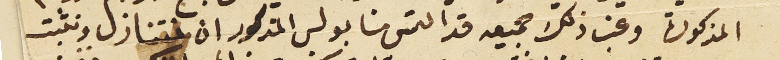
المذكورة وغب ذلك جميعه قد التمس منا بولس المذكور ان نتنازل ونثبت